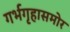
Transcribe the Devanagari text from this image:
गर्भगृहासमोर